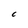
Character: C